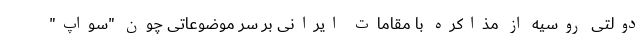
دولتی روسیه از مذاکره با مقامات ایرانی بر سر موضوعاتی چون "سواپ"